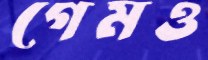
গেমও